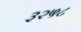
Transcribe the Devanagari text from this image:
३२५८